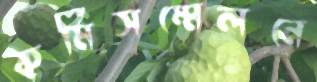
কর্মিসম্মেলনে